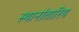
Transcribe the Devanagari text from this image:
स्थानांतारिय